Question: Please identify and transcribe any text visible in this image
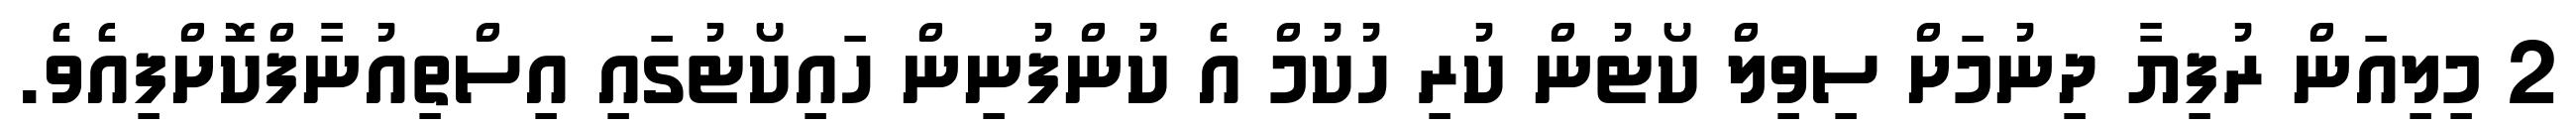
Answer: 2 މިލިއަން ރުފިޔާ ދިނުމަށް ސިވިލް ކޯޓުން ކުރި ހުކުމް އެ ކުންފުނިން ހައިކޯޓުގައި އިސްތިއުނާފްކޮށްފިއެވެ.